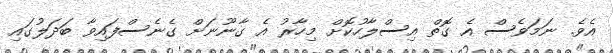
އެވެ. ނަމަވެސް އެ ގޮތް އިސްލާހުކޮށް މިހާރު އެ ގާނޫނަށް ގެނެސްފައިވާ ބަދަލުގައި